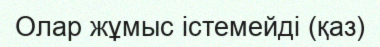
Олар жұмыс істемейді (қаз)